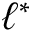
\ell ^ { * }